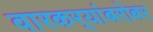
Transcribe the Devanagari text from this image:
वारकर्‍यांबरोबर